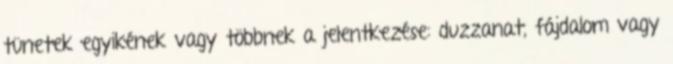
tünetek egyikének vagy többnek a jelentkezése: duzzanat, fájdalom vagy